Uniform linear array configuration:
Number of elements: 64
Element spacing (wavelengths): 1
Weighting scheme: blackman
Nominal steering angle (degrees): -60
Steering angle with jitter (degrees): -61.002
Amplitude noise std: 0.05
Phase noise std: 0.05

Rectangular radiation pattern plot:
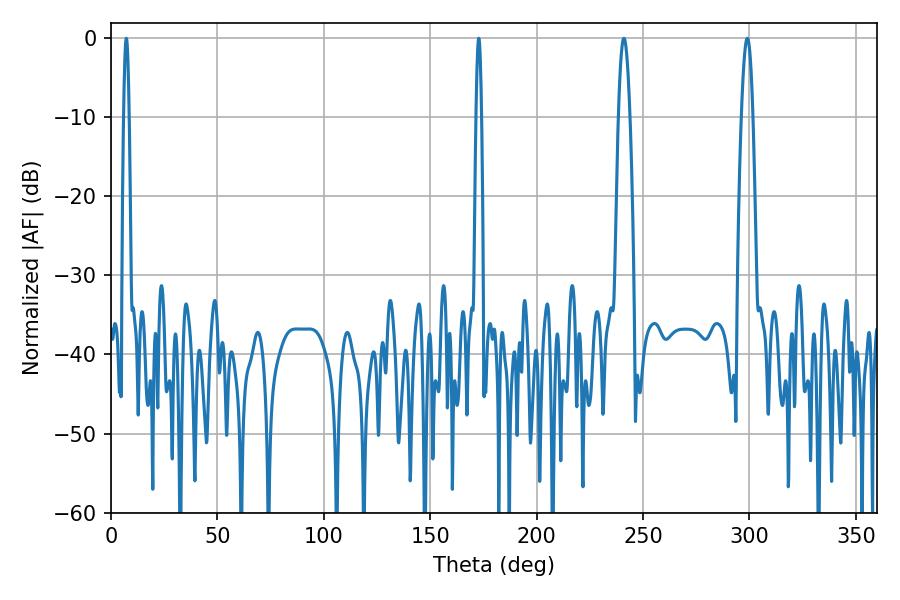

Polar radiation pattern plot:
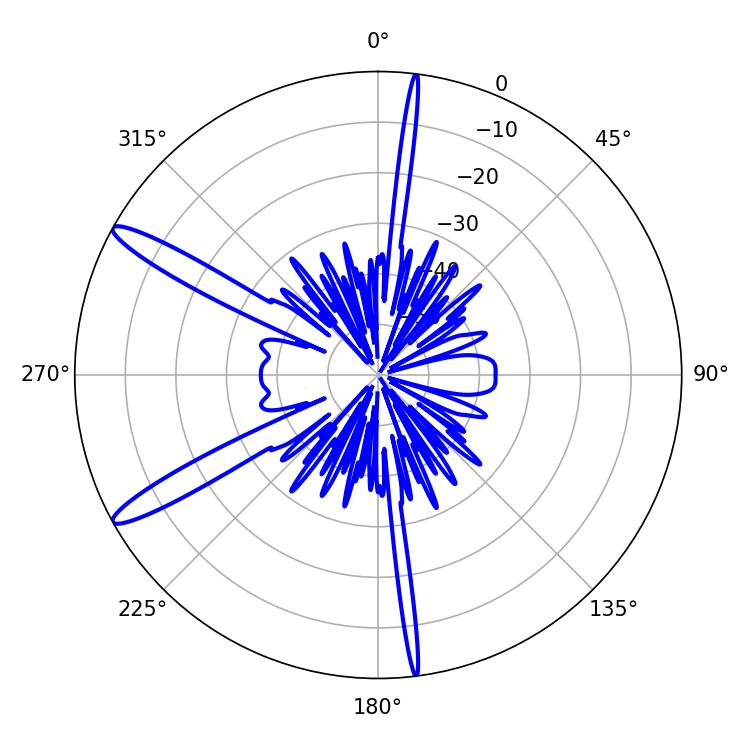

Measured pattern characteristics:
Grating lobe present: TRUE
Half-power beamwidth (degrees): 1.44
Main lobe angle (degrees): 172.8